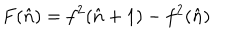
LaTeX: F ( \hat { n } ) = f ^ { 2 } ( \hat { n } + 1 ) - f ^ { 2 } ( \hat { n } )